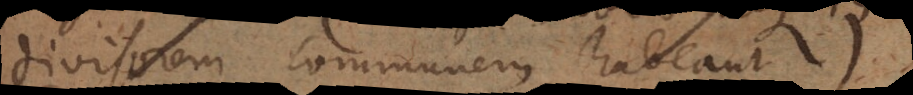
divisorem communem 2,